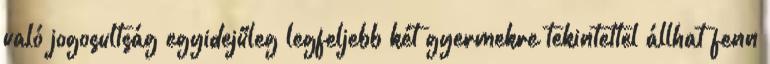
való jogosultság egyidejűleg legfeljebb két gyermekre tekintettel állhat fenn